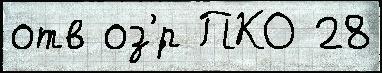
отв оз'́р ПКО 28